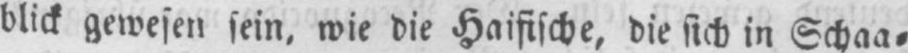
blick gewesen sein, wie die Haifische, die sich in Schaa⸗